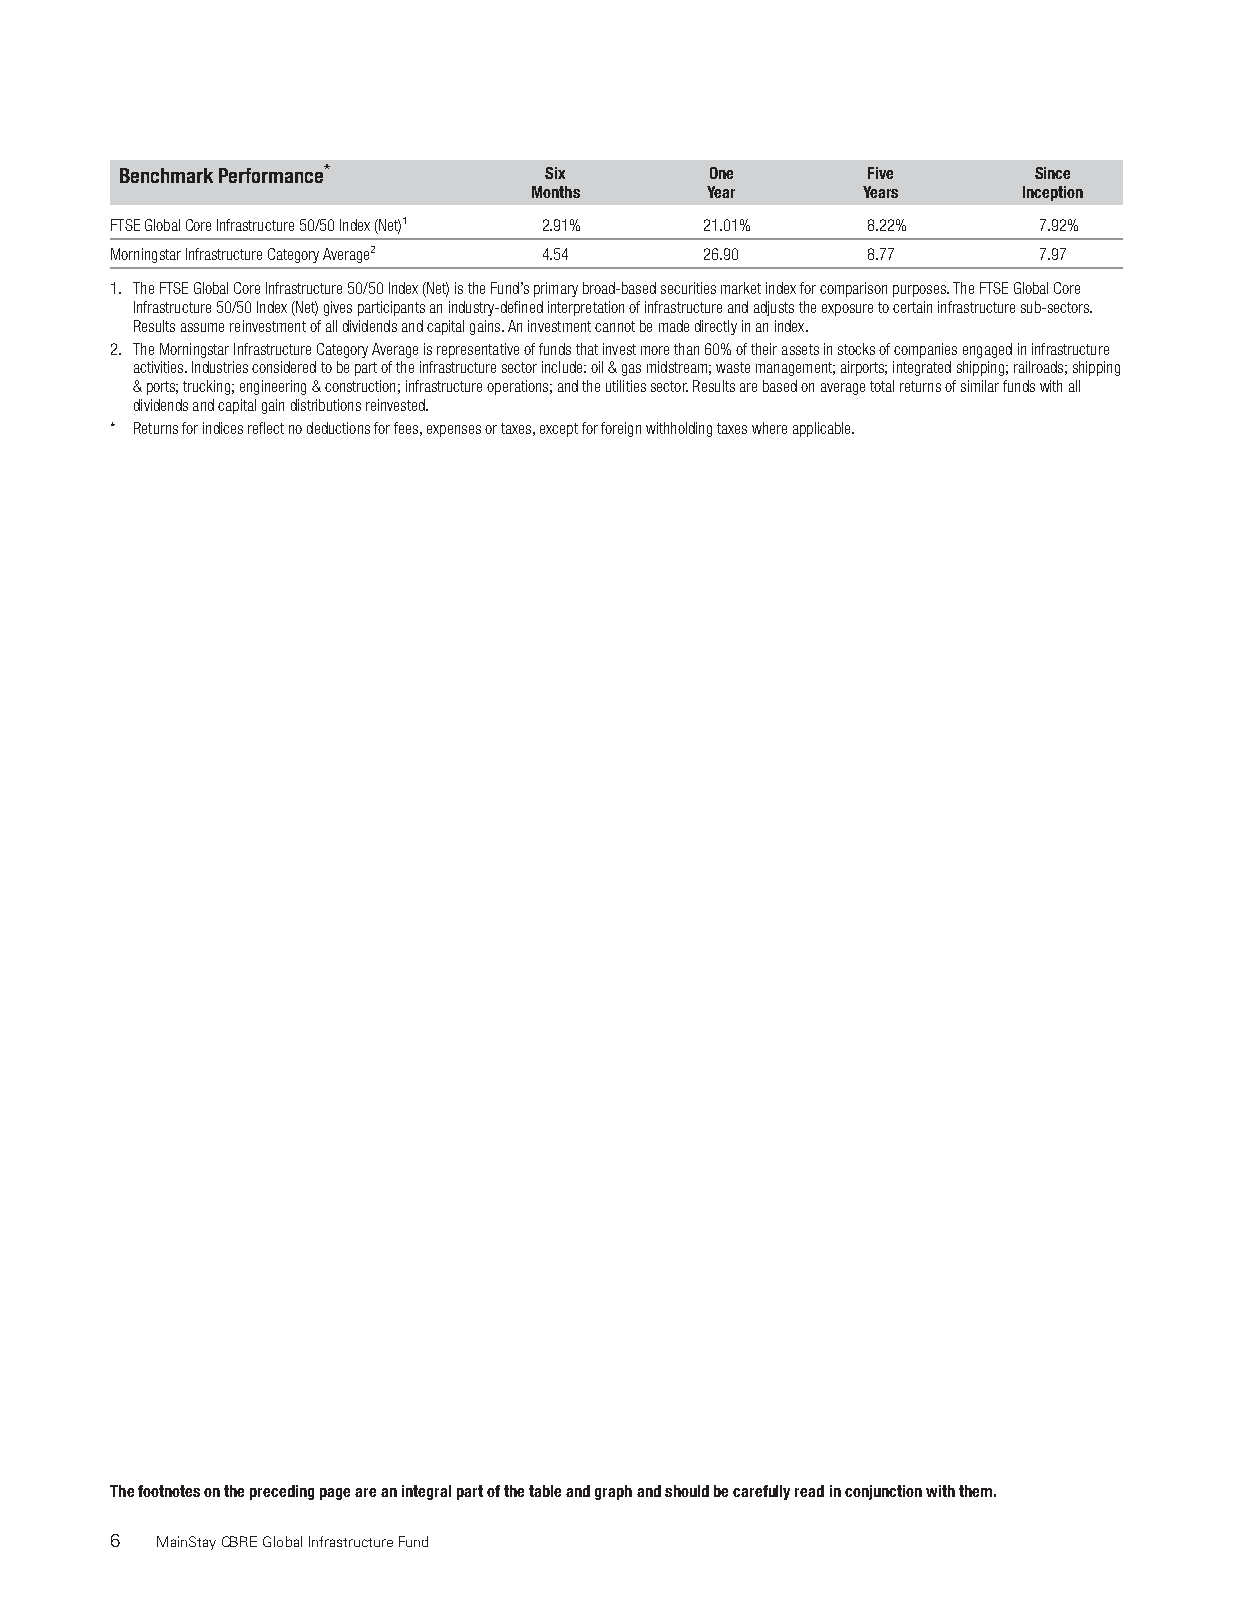
BenchmarkPerformance*       Six        One       Five       Since
 Months      Year      Years      Inception
 FTSEGlobalCoreInfrastructure50/50Index(Net)1 2.91% 21.01% 8.22% 7.92%
 MorningstarInfrastructureCategoryAverage2 4.54 26.90 8.77     7.97
 1. TheFTSEGlobalCoreInfrastructure50/50Index(Net)istheFund’sprimarybroad-basedsecuritiesmarketindexforcomparisonpurposes.TheFTSEGlobalCore
 Infrastructure50/50Index(Net)givesparticipantsanindustry-definedinterpretationofinfrastructureandadjuststheexposuretocertaininfrastructuresub-sectors.
 Resultsassumereinvestmentofalldividendsandcapitalgains.Aninvestmentcannotbemadedirectlyinanindex.
 2. TheMorningstarInfrastructureCategoryAverageisrepresentativeoffundsthatinvestmorethan60%oftheirassetsinstocksofcompaniesengagedininfrastructure
 activities.Industriesconsideredtobepartoftheinfrastructuresectorinclude:oil&gasmidstream;wastemanagement;airports;integratedshipping;railroads;shipping
 &ports;trucking;engineering&construction;infrastructureoperations;andtheutilitiessector.Resultsarebasedonaveragetotalreturnsofsimilarfundswithall
 dividendsandcapitalgaindistributionsreinvested.
 * Returnsforindicesreflectnodeductionsforfees,expensesortaxes,exceptforforeignwithholdingtaxeswhereapplicable.
 Thefootnotesontheprecedingpageareanintegralpartofthetableandgraphandshouldbecarefullyreadinconjunctionwiththem.
 6  MainStayCBREGlobalInfrastructureFund